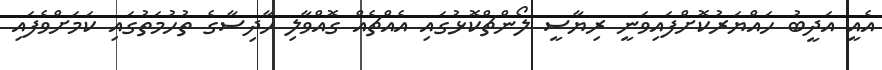
އެއީ އަދީބު ހައްޔަރުކޮށްފައިވަނީ ރިޔާސީ ލޯންޗްކޮޅުގައި އެއްޗެއް ގޮއްވާލި ހާދިސާގެ ތުހުމަތުގައި ކަމަށްވެފައި